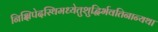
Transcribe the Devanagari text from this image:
निक्षिपेदस्थिमध्येतुशुद्धिर्भवतिनान्यथा